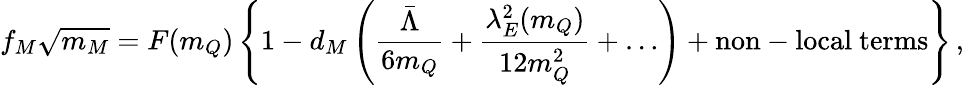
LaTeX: f_{M}\sqrt{m_{M}}=F(m_{Q})\left\{ 1-d_{M}\left(\frac{\bar{\Lambda}}{6m_{Q}}+\frac{\lambda_{E}^{2}(m_{Q})}{12m_{Q}^{2}}+\dots\right)+\mathrm{non-local~terms}\right\} \, ,